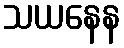
သယနေန